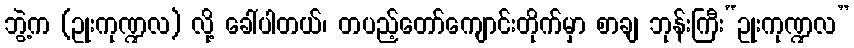
ဘွဲ့က (ဥုးကုဏ္ဍလ) လို့ ခေါ်ပါတယ်၊ တပည့်တော်ကျောင်းတိုက်မှာ စာချ ဘုန်းကြီး“ဥုးကုဏ္ဍလ”